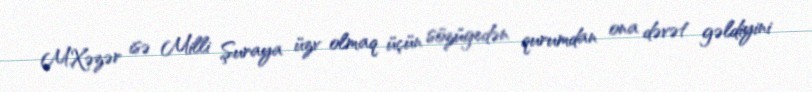
M.Xəzər isə Milli Şuraya üzv olmaq üçün sözügedən qurumdan ona dəvət gəldiyini